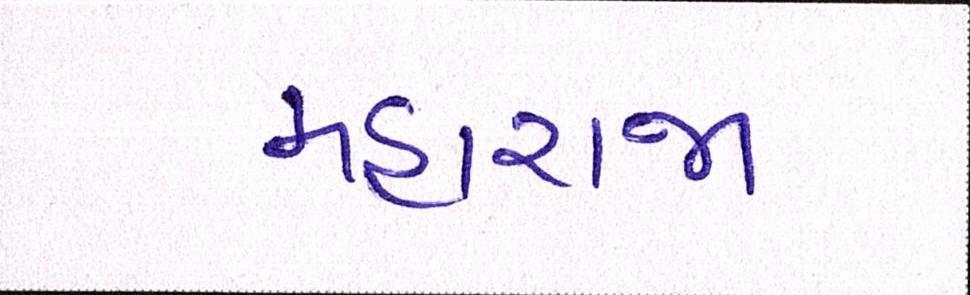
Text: મહારાજા